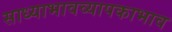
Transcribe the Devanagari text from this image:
साध्याभावव्यापकाभाव